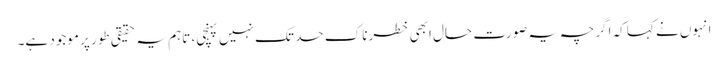
انہوں نے کہا کہ اگرچہ یہ صورت حال ابھی خطرناک حد تک نہیں پہنچی، تاہم یہ حقیقی طور پر موجود ہے۔